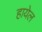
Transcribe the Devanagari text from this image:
हायेल